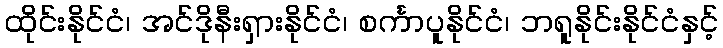
ထိုင်းနိုင်ငံ၊ အင်ဒိုနီးရှားနိုင်ငံ၊ စင်္ကာပူနိုင်ငံ၊ ဘရူနိုင်းနိုင်ငံနှင့်